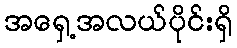
အရှေ့အလယ်ပိုင်းရှိ